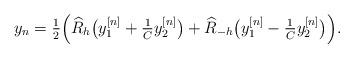
LaTeX: \begin{align*}y_n = \tfrac12 \Big(\widehat R_h\big(y_1^{[n]} + \tfrac1C y_2^{[n]}\big)+ \widehat R_{-h}\big(y_1^{[n]} - \tfrac1C y_2^{[n]}\big)\Big).\end{align*}